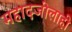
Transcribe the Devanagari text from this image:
महादजीलाही